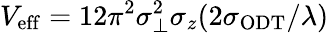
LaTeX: V_{\mathrm{{eff}}}=12\pi^{2}\sigma_{\perp}^{2}\sigma_{z}(2\sigma_{\mathrm{{ODT}}}/\lambda)